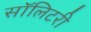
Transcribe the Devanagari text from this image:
सॉलिटरी